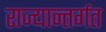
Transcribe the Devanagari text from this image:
राज्यान्तर्गत